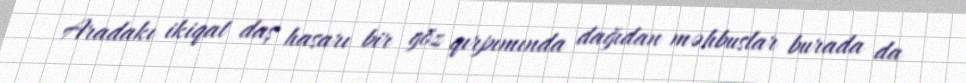
Aradakı ikiqat daş hasarı bir göz qırpımında dağıdan məhbuslar burada da